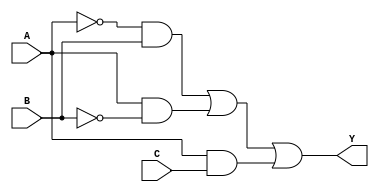
module simplified_logic (
    input wire A,  // Input A
    input wire B,  // Input B
    input wire C,  // Input C
    output wire Y  // Output Y
);

// Internal signals for intermediate calculations
wire not_A;      // NOT A
wire not_B;      // NOT B
wire term1;     // A'B
wire term2;     // AB'
wire term3;     // AC

// Logic Implementation
// Step 1: Generate NOT signals
not U1 (not_A, A);  // NOT gate for A
not U2 (not_B, B);  // NOT gate for B

// Step 2: Generate product terms
and U3 (term1, not_A, B);  // A'B
and U4 (term2, A, not_B);  // AB'
and U5 (term3, A, C);     // AC

// Step 3: Combine product terms using OR gate
or U6 (Y, term1, term2, term3);  // Y = A'B + AB' + AC

endmodule